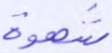
شهوة